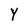
Character: Y